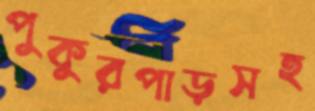
পুকুরপাড়সহ